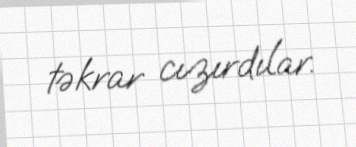
təkrar cızırdılar.